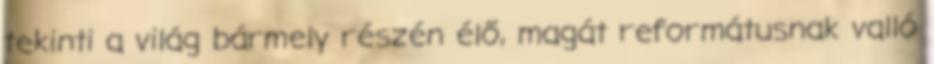
tekinti a világ bármely részén élő, magát reformátusnak valló